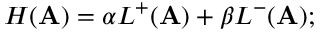
H ( \mathbf { A } ) = \alpha L ^ { + } ( \mathbf { A } ) + \beta L ^ { - } ( \mathbf { A } ) ;